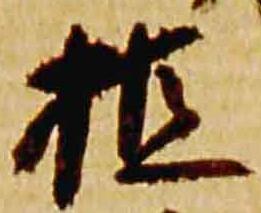
植